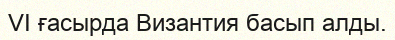
VI ғасырда Византия басып алды.